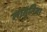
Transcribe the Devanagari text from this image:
लागुनिया